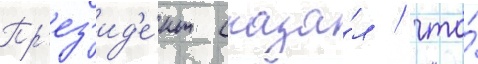
Пр'ез'ид'е́нт сказа́л / что́